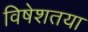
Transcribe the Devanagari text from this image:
विषेशतया